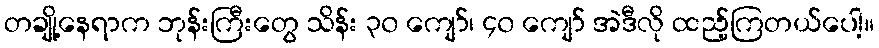
တချို့နေရာက ဘုန်းကြီးတွေ သိန်း ၃၀ ကျော်၊ ၄၀ ကျော် အဲဒီလို ထည့်ကြတယ်ပေါ့။